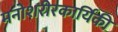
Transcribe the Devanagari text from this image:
मनोशरीरकार्यिकी